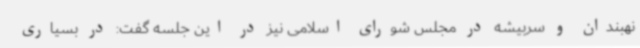
نهبندان و سربیشه در مجلس شورای اسلامی نیز در این جلسه گفت: در بسیاری